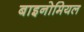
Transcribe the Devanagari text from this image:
बाइनोमियल